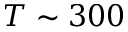
T \sim 3 0 0